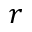
r